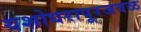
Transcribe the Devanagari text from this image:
यशोधरापूरजवळ